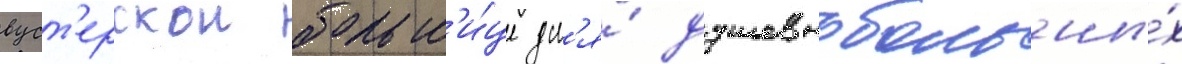
вуст'ерскои больн'и́це дл'я́ душевнобольны́х